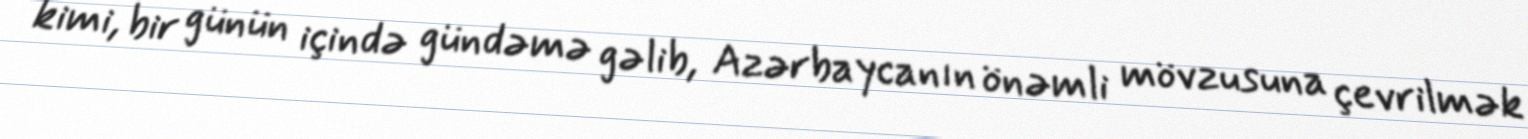
kimi, bir günün içində gündəmə gəlib, Azərbaycanın önəmli mövzusuna çevrilmək